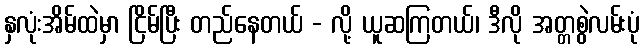
နှလုံးအိမ်ထဲမှာ ငြိမ်ပြီး တည်နေတယ် - လို့ ယူဆကြတယ်၊ ဒီလို အတ္တစွဲလမ်းပုံ